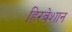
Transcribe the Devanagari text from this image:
हिरवेशान